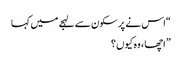
“اس نے پرسکون سے لہجے میں کہا
” اچھا ، وہ کیوں ؟